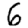
Digit: 6